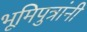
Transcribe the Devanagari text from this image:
भूमिपुत्रांनी